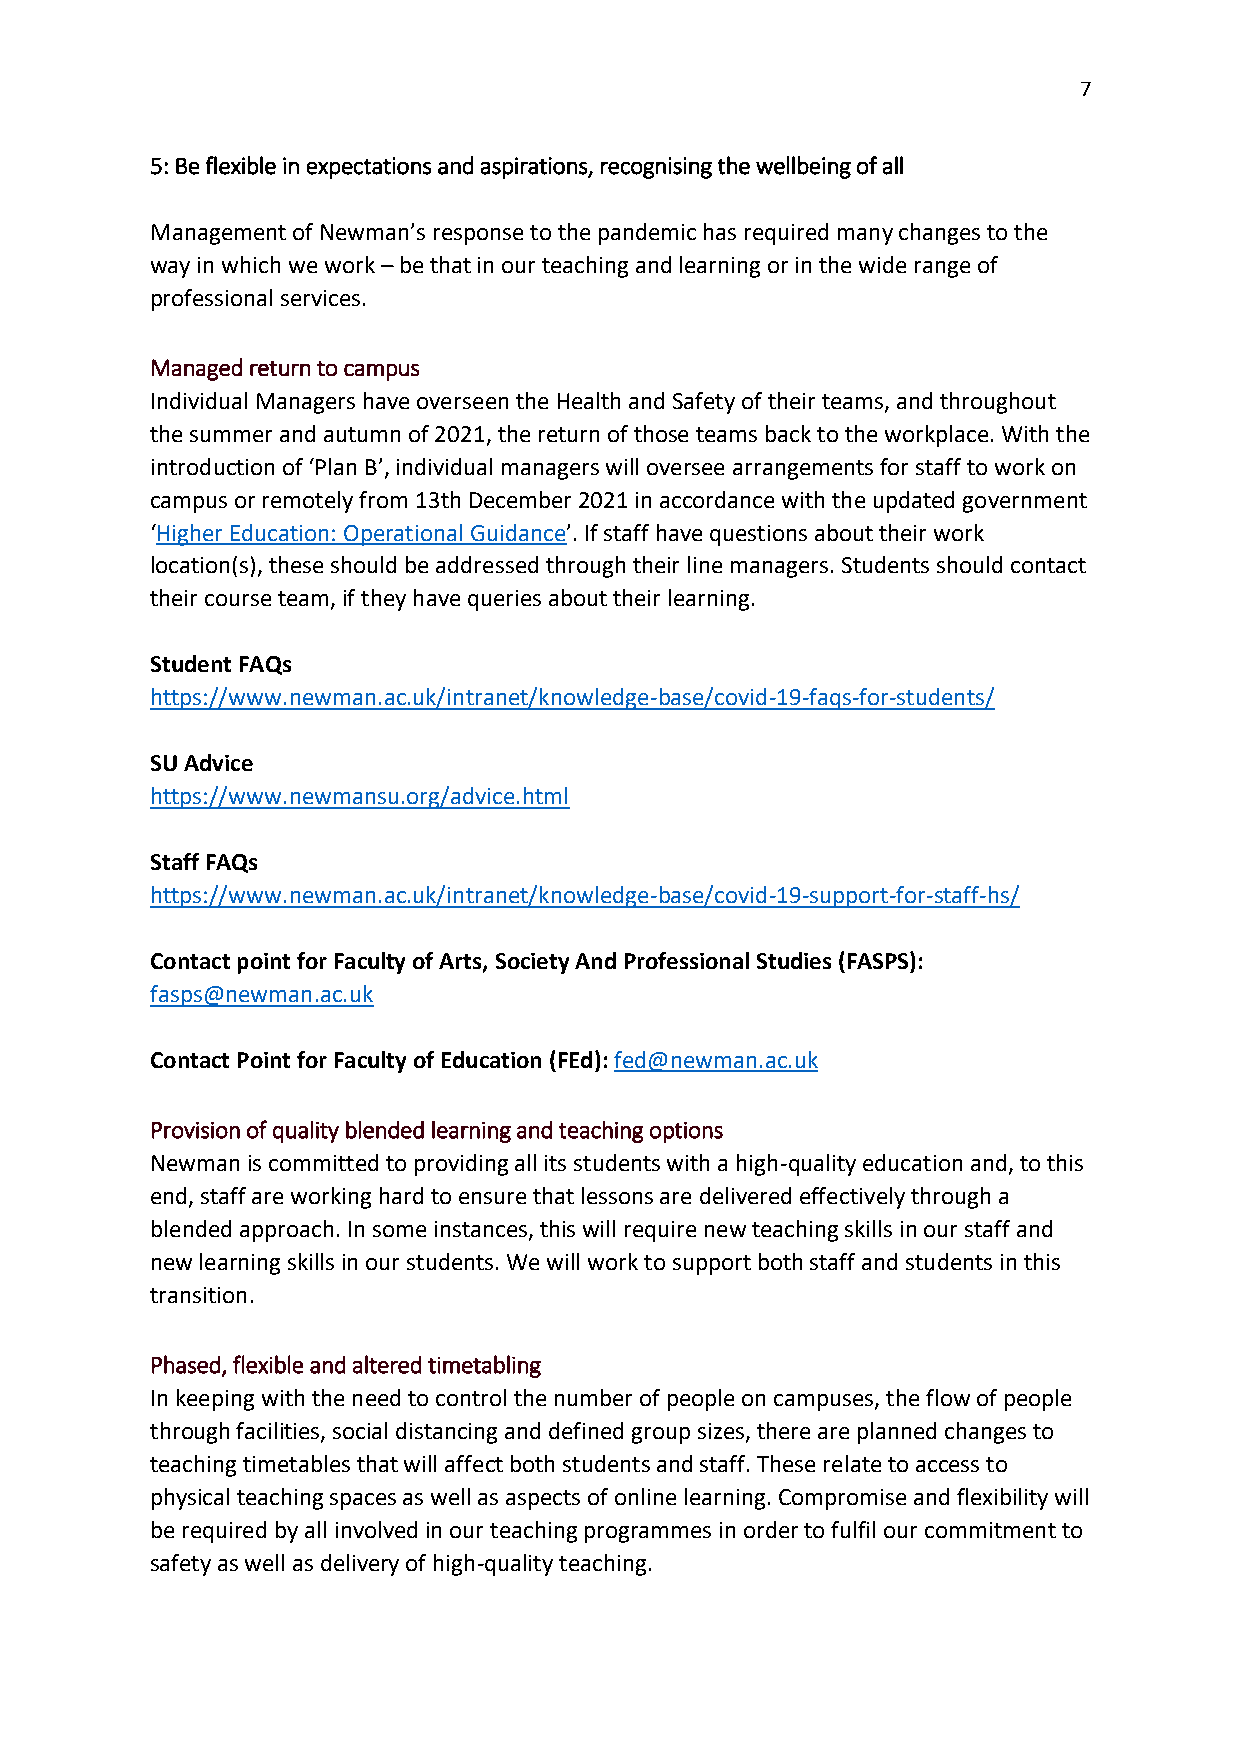
7
 5: Be flexible in expectations and aspirations, recognising the wellbeing of all
 Management of Newman’s response to the pandemic has required many changes to the
 way in which we work – be that in our teaching and learning or in the wide range of
 professional services.
 Managed return to campus
 Individual Managers have overseen the Health and Safety of their teams, and throughout
 the summer and autumn of 2021, the return of those teams back to the workplace. With the
 introduction of ‘Plan B’, individual managers will oversee arrangements for staff to work on
 campus or remotely from 13th December 2021 in accordance with the updated government
 ‘Higher Education: Operational Guidance’. If staff have questions about their work
 location(s), these should be addressed through their line managers. Students should contact
 their course team, if they have queries about their learning.
 Student FAQs
 https://www.newman.ac.uk/intranet/knowledge-base/covid-19-faqs-for-students/
 SU Advice
 https://www.newmansu.org/advice.html
 Staff FAQs
 https://www.newman.ac.uk/intranet/knowledge-base/covid-19-support-for-staff-hs/
 Contact point for Faculty of Arts, Society And Professional Studies (FASPS):
 fasps@newman.ac.uk
 Contact Point for Faculty of Education (FEd): fed@newman.ac.uk
 Provision of quality blended learning and teaching options
 Newman is committed to providing all its students with a high-quality education and, to this
 end, staff are working hard to ensure that lessons are delivered effectively through a
 blended approach. In some instances, this will require new teaching skills in our staff and
 new learning skills in our students. We will work to support both staff and students in this
 transition.
 Phased, flexible and altered timetabling
 In keeping with the need to control the number of people on campuses, the flow of people
 through facilities, social distancing and defined group sizes, there are planned changes to
 teaching timetables that will affect both students and staff. These relate to access to
 physical teaching spaces as well as aspects of online learning. Compromise and flexibility will
 be required by all involved in our teaching programmes in order to fulfil our commitment to
 safety as well as delivery of high-quality teaching.